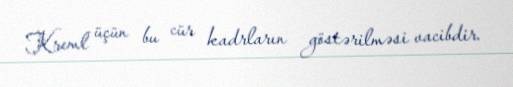
Kreml üçün bu cür kadrların göstərilməsi vacibdir.